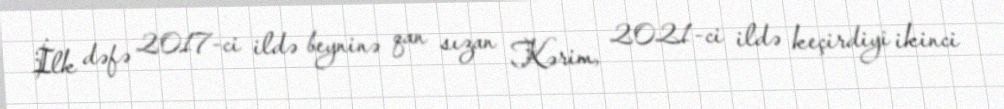
İlk dəfə 2017-ci ildə beyninə qan sızan Kərim, 2021-ci ildə keçirdiyi ikinci